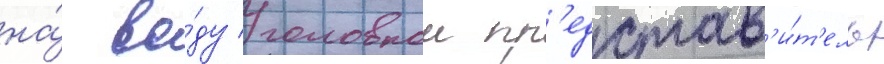
на́ во́ду головнои пр'едстав'и́т'ель